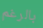
بالرغم